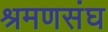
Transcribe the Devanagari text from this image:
श्रमणसंघ